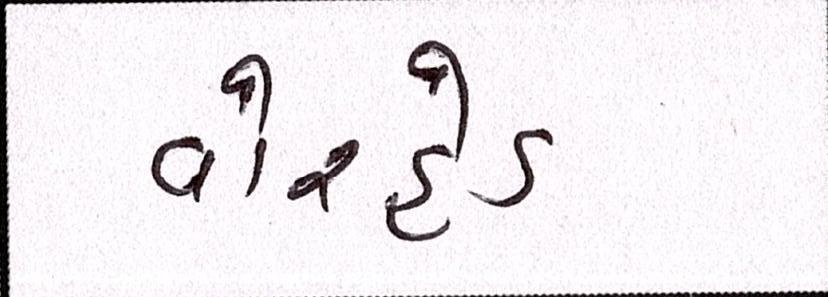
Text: વોરહેડ